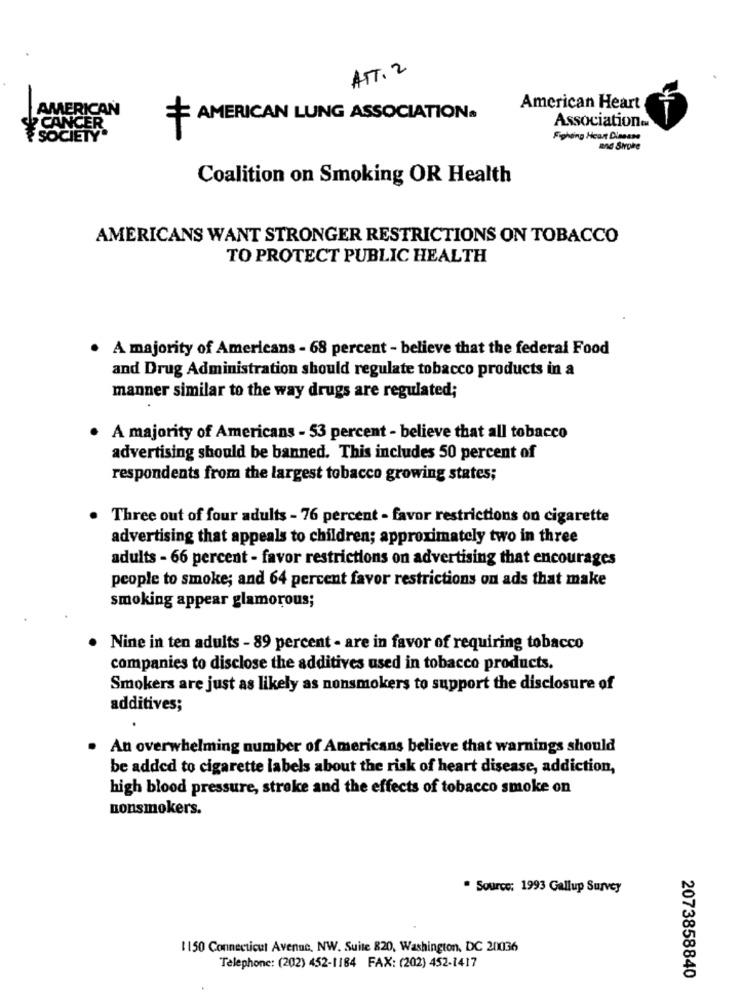
ATT. 2
American Heart
AMERICAN LUNG ASSOCIATION.
Association®M
Fighting Heart Dianase
and Stroke
Coalition on Smoking OR Health
AMERICANS WANT STRONGER RESTRICTIONS ON TOBACCO
TO PROTECT PUBLIC HEALTH
A majority of Americans - 68 percent - believe that the federal Food
and Drug Administration should regulate tobacco products in a
manner similar to the way drugs are regulated;
·
A majority of Americans - 53 percent - believe that all tobacco
advertising should be banned. This includes 50 percent of
respondents from the largest tobacco growing states;
.
Three out of four adults - 76 percent - favor restrictions on cigarette
advertising that appeals to children; approximately two in three
adults - 66 percent - favor restrictions on advertising that encourages
people to smoke; and 64 percent favor restrictions on ads that make
smoking appear glamorous;
Nine in ten adults - 89 percent - are in favor of requiring tobacco
companies to disclose the additives used in tobacco products.
Smokers are just as likely as nonsmokers to support the disclosure of
additives;
An overwhelming number of Americans believe that warnings should
be added to cigarette labels about the risk of heart disease, addiction,
high blood pressure, stroke and the effects of tobacco smoke on
nonsmokers.
. Source: 1993 Gallup Survey
1150 Connecticut Avenue, NW. Suite 820, Washington, DC 201036
Telephone: (202) 452-1184 FAX: (202) 452-1417
2073858840